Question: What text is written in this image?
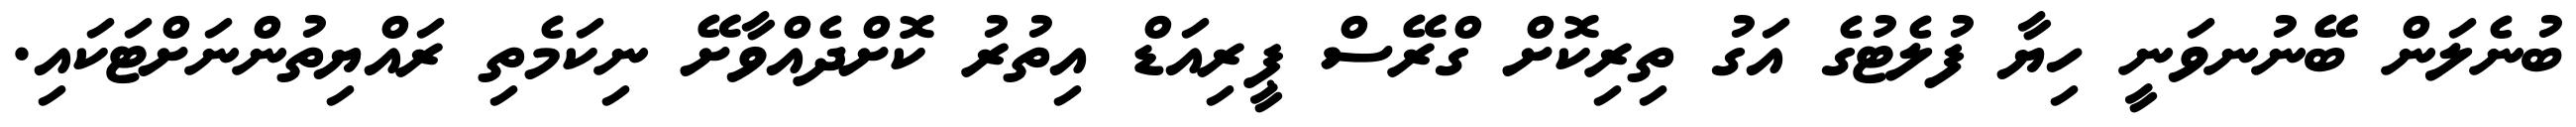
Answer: ބުނެލަން ބޭނުނވަނީ ހިޔާ ފުލެޓުގެ އަގު ތިރިކޮށް ގްރޭސް ޕީރިއަޑް އިތުރު ކޮށްދެއްވާށޭ ނިކަމެތި ރައްޔިތުންނަށްޓަކައި.